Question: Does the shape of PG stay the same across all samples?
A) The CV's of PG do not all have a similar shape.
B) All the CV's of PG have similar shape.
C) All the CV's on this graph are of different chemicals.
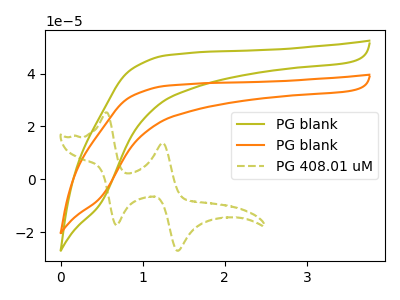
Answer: <think>The olive curve "PG blank" has no peaks. The orange curve "PG blank" has no peaks. The olive dashed curve "PG 408.01 uM" has anodic peaks at (0.55V, 25.30uA) (1.25V, 13.70uA) and cathodic peaks at (0.70V, -17.40uA) (1.40V, -27.10uA).
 Neither "PG blank" or "PG blank" have any peaks. "PG blank" and "PG 408.01 uM" have a different number of peaks. "PG blank" and "PG 408.01 uM" have a different number of peaks.</think>
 <answer>B) All the CV's of "PG" have similar shape.</answer>
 <eval>B</eval>